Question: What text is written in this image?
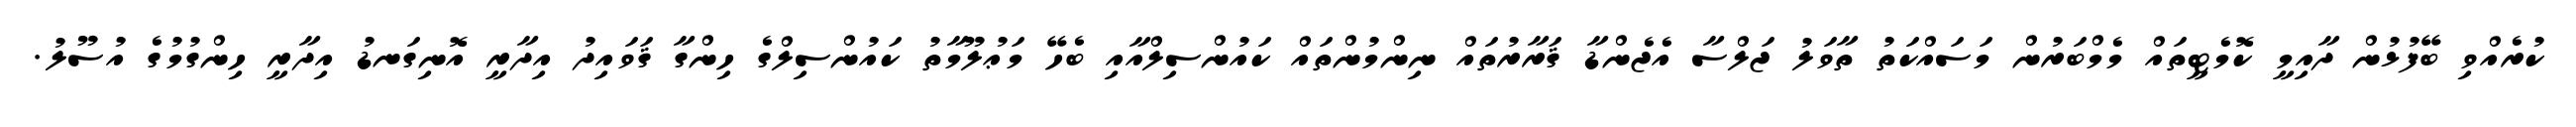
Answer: ކުރެއްވި ބޭފުޅުން ދާއިމީ ކޮމެޓީތައް މެމްބަރުން މަސައްކަތު ތާވަލު ޖަލްސާ އެޖެންޑާ ޤަރާރުތައް ނިންމުންތައް ކައުންސިލްއާއި ބެހޭ މަޢުލޫމާތު ކައުންސިލްގެ ހިންގާ ޤަވައިދު އިދާރީ އޮނިގަނޑު އިދާރީ ހިންގުމުގެ އުސޫލު.